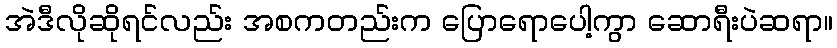
အဲဒီလိုဆိုရင်လည်း အစကတည်းက ပြောရောပေါ့ကွာ ဆောရီးပဲဆရာ။